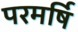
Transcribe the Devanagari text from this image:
परमर्षि